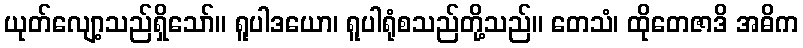
ယုတ်လျော့သည်ရှိသော်။ ရူပါဒယော၊ ရူပါရုံစသည်တို့သည်။ တေသံ၊ ထိုတေဇာဒိ အဓိက